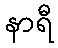
နာရီ